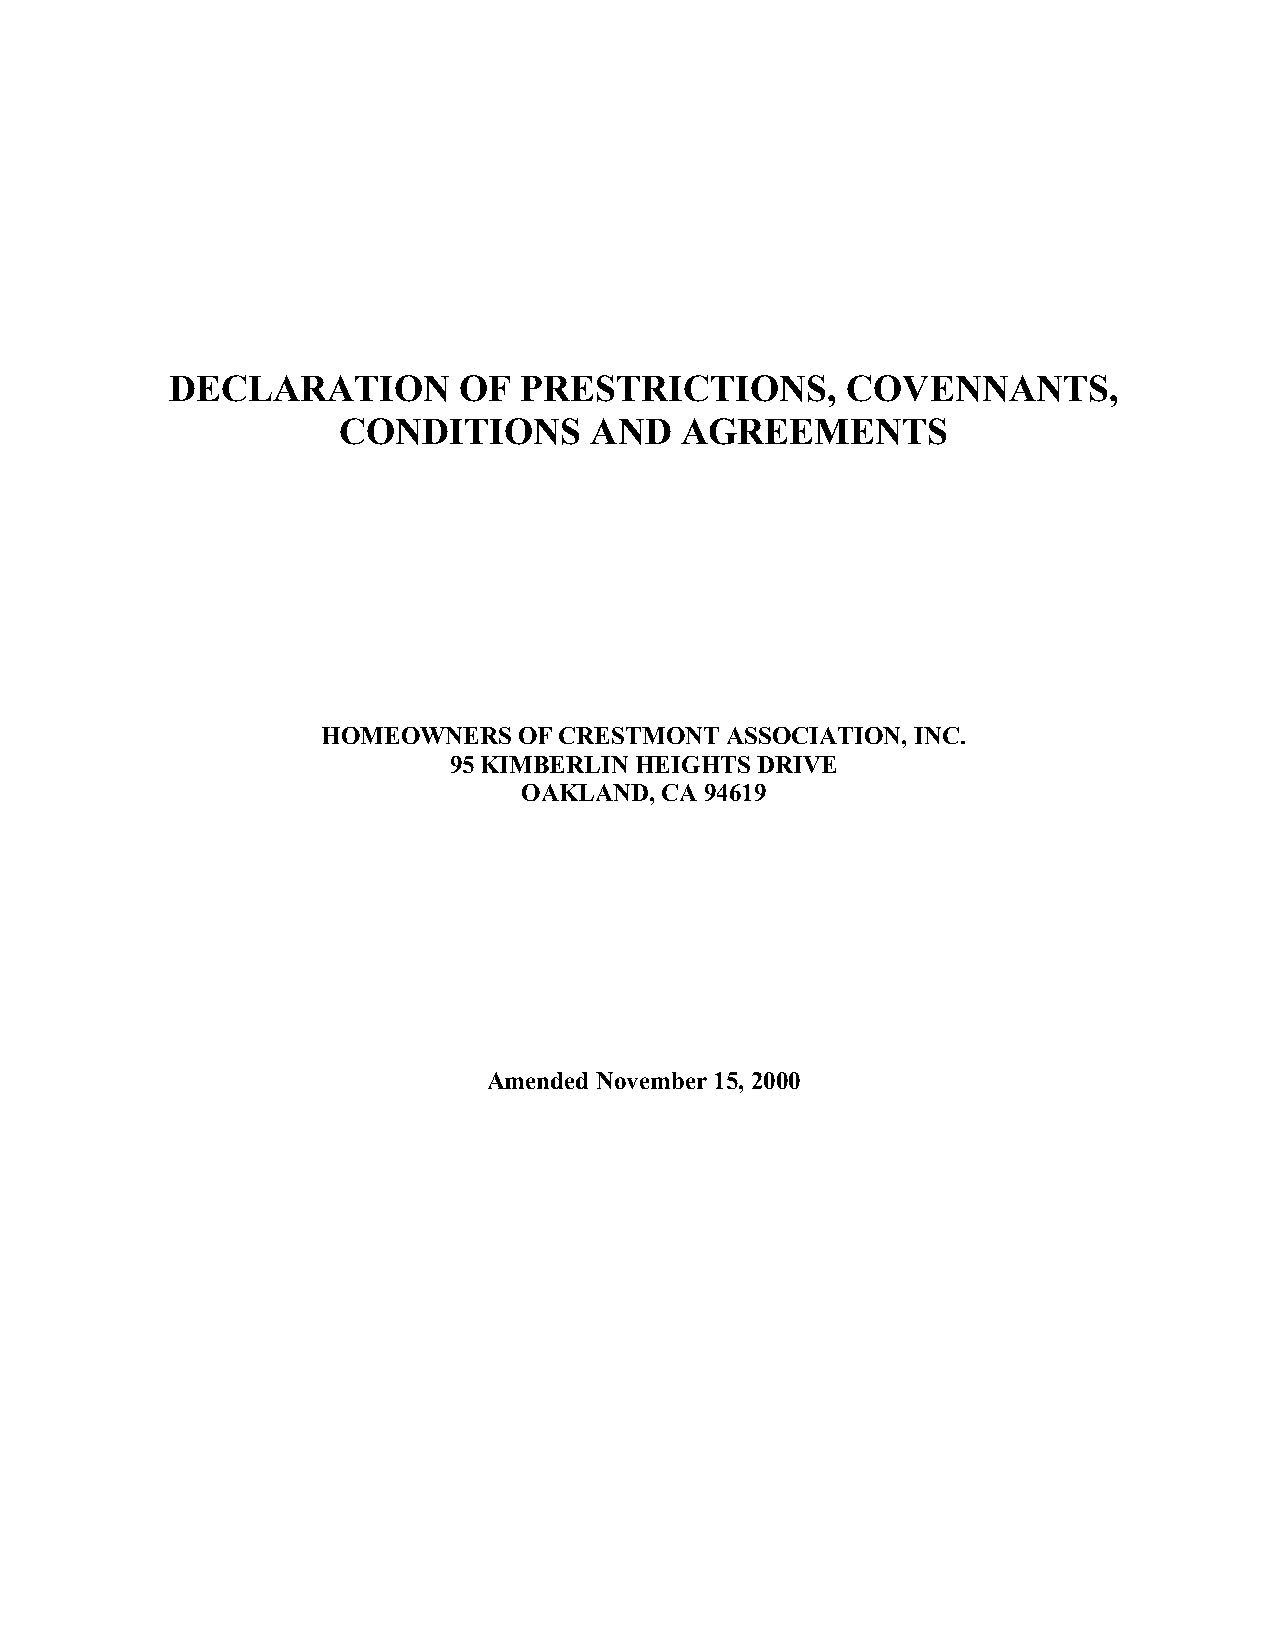
DECLARATION        OF   PRESTRICTIONS,       COVENNANTS,
 CONDITIONS       AND   AGREEMENTS
 HOMEOWNERS   OF CRESTMONT  ASSOCIATION, INC.
 95 KIMBERLIN HEIGHTS DRIVE
 OAKLAND,  CA 94619
 Amended November 15, 2000